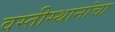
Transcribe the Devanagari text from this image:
वस्तीस्थानांचा